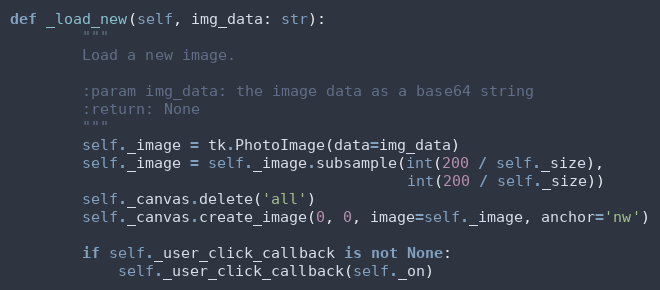
Language: Python
def _load_new(self, img_data: str):
        """
        Load a new image.

        :param img_data: the image data as a base64 string
        :return: None
        """
        self._image = tk.PhotoImage(data=img_data)
        self._image = self._image.subsample(int(200 / self._size),
                                            int(200 / self._size))
        self._canvas.delete('all')
        self._canvas.create_image(0, 0, image=self._image, anchor='nw')

        if self._user_click_callback is not None:
            self._user_click_callback(self._on)